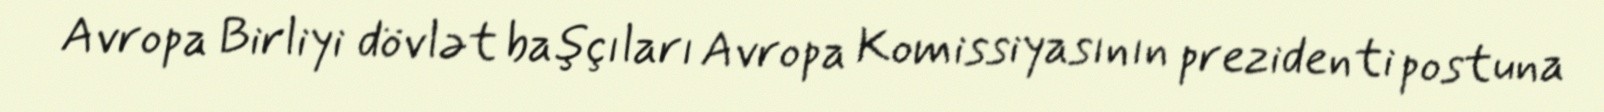
Avropa Birliyi dövlət başçıları Avropa Komissiyasının prezidenti postuna